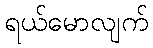
ရယ်မောလျက်